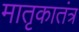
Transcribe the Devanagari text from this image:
मातृकातंत्र